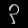
Digit: ၃